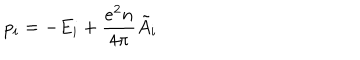
LaTeX: p _ { i } = - E _ { i } + \frac { e ^ { 2 } n } { 4 \pi } \tilde { A } _ { i }